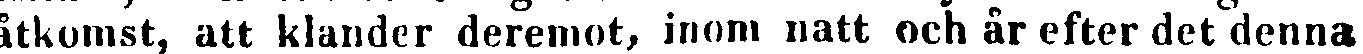
åtkomst, att klander deremot, inom natt och år efter det denna